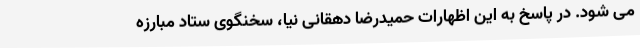
می شود. در پاسخ به این اظهارات حمیدرضا دهقانی نیا، سخنگوی ستاد مبارزه